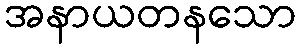
အနာယတနသော